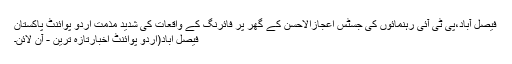
فیصل آباد،پی ٹی آئی رہنمائوں کی جسٹس اعجازالاحسن کے گھر پر فائرنگ کے واقعات کی شدید مذمت اُردو پوائنٹ پاکستان
فیصل آباد(اُردو پوائنٹ اخبارتازہ ترین - آن لائن۔